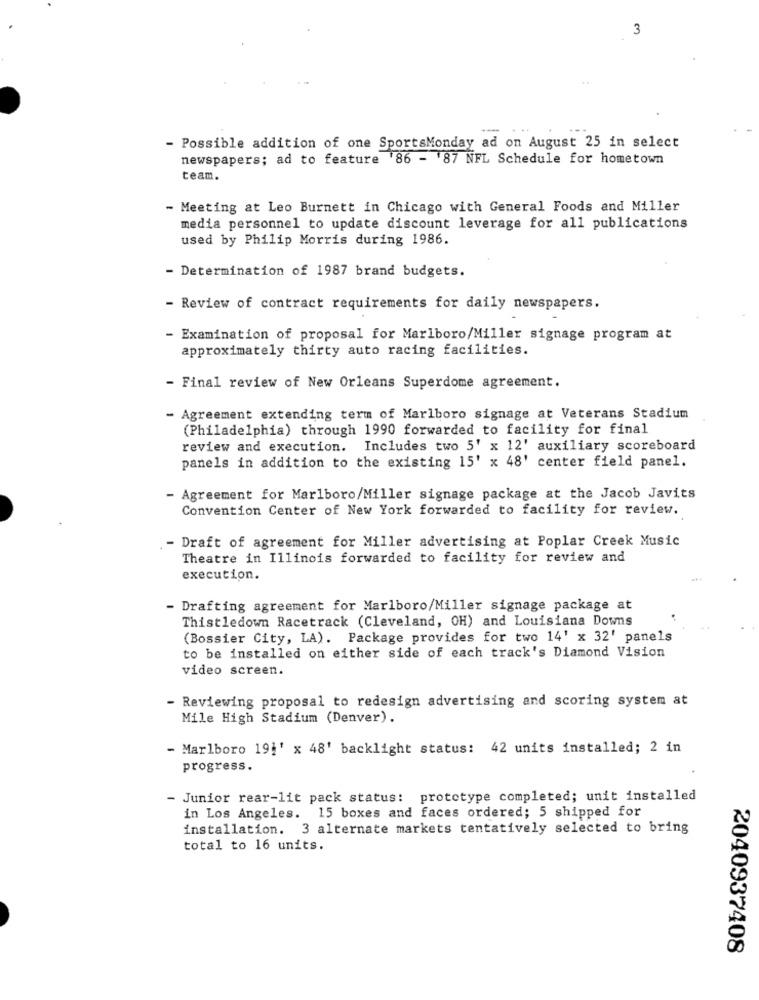
3
- Possible addition of one SportsMonday ad on August 25 in select
newspapers; ad to feature '86 - 87 NFL Schedule for hometown
team.
- Meeting at Leo Burnett in Chicago with General Foods and Miller
media personnel to update discount leverage for all publications
used by Philip Morris during 1986.
- Determination of 1987 brand budgets.
- Review of contract requirements for daily newspapers.
- Examination of proposal for Marlboro/Miller signage program at
approximately thirty auto racing facilities.
- Final review of New Orleans Superdome agreement.
- Agreement extending term of Marlboro signage at Veterans Stadium
(Philadelphia) through 1990 forwarded to facility for final
review and execution.
Includes two 5' x 12' auxiliary scoreboard
panels in addition to the existing 15' x 48' center field panel.
- Agreement for Marlboro/Miller signage package at the Jacob Javits
Convention Center of New York forwarded to facility for review.
- Draft of agreement for Miller advertising at Poplar Creek Music
Theatre in Illinois forwarded to facility for review and
execution.
Drafting agreement for Marlboro/Miller signage package at
Thistledown Racetrack (Cleveland, OH) and Louisiana Downs
(Bossier City, LA). Package provides for two 14' x 32' panels
to be installed on either side of each track's Diamond Vision
video screen.
Reviewing proposal to redesign advertising and scoring system at
Mile High Stadium (Denver).
- Marlboro 19j' x 48' backlight status: 42 units installed; 2 in
progress.
- Junior rear-lit pack status: prototype completed; unit installed
in Los Angeles. 15 boxes and faces ordered; 5 shipped for
installation. 3 alternate markets tentatively selected to bring
total to 16 units.
2040937408